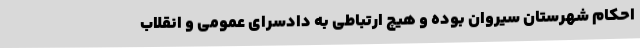
احکام شهرستان سیروان بوده و هیچ ارتباطی به دادسرای عمومی و انقلاب